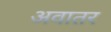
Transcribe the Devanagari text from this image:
अवातर